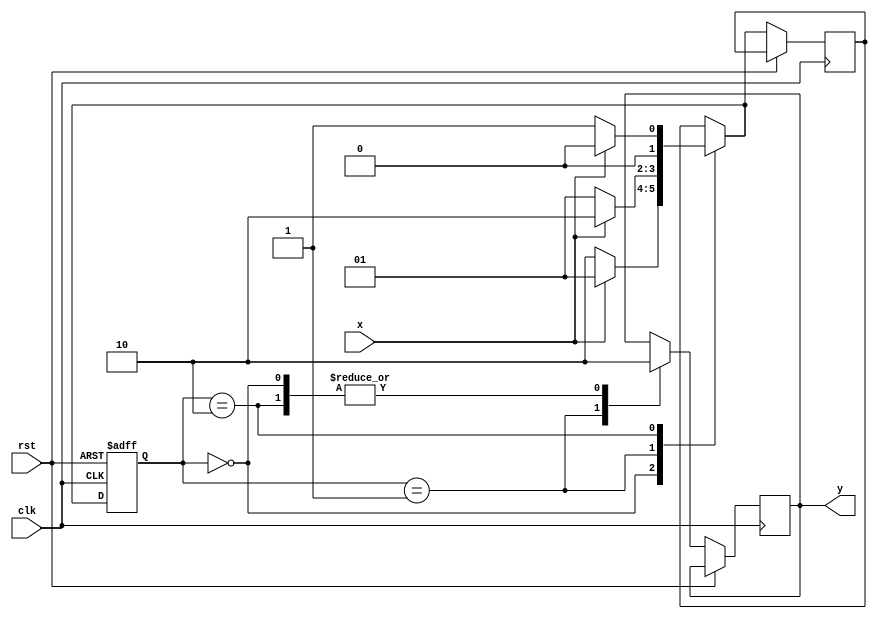
module fsm3(input x , clk , rst , output reg y);
parameter W = 2'b00;
parameter X = 2'b01;
parameter Y = 2'b10;
reg [1:0]p,n;

always @(posedge clk or posedge rst)
begin
	if(rst) p = W;
	else
		begin
			case({p})
				W : 
					begin
						y = 0;
						if(x) n = X ;
						else n = Y;
					end
				X : 
					begin
						y = 1;
						if(x) n = Y;
						else n = X;
					end
				Y : 
					begin
						y = 0;
						if(x) n = W;
						else n = X;
					end
			endcase
			p = n;
		end
	end
endmodule